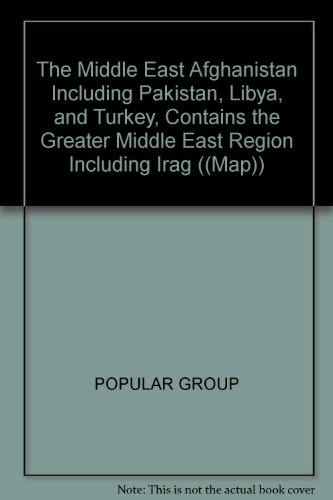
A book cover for The Middle East Afghanistan Including Pakistan, Libya, and Turkey, Contains the Greater Middle East Region Including Irag ((Map)); POPULAR GROUP; Travel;